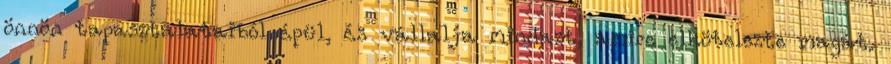
önnön tapasztalataiból épül, és vállalja mindazt, amire elkötelezte magát.